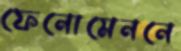
ফেনোমেননে